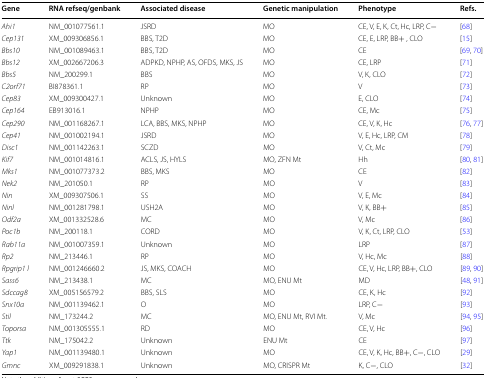
<table><thead><tr><td><b>Gene</b></td><td><b>RNA refseq/genbank</b></td><td><b>Associated disease</b></td><td><b>Genetic manipulation</b></td><td><b>Phenotype</b></td><td><b>Refs.</b></td></tr></thead><tbody><tr><td><i>Ahi1</i></td><td>NM_001077561.1</td><td>JSRD</td><td>MO</td><td>CE, V, E, K, Ct, Hc, LRP, C−</td><td>[68]</td></tr><tr><td><i>Cep131</i></td><td>XM_009306856.1</td><td>BBS, T2D</td><td>MO</td><td>CE, E, LRP, BB+ , CLO</td><td>[15]</td></tr><tr><td><i>Bbs10</i></td><td>NM_001089463.1</td><td>BBS, T2D</td><td>MO</td><td>CE</td><td>[69, 70]</td></tr><tr><td><i>Bbs12</i></td><td>XM_002667206.3</td><td>ADPKD, NPHP, AS, OFDS, MKS, JS</td><td>MO</td><td>CE, LRP</td><td>[71]</td></tr><tr><td><i>Bbs5</i></td><td>NM_200299.1</td><td>BBS</td><td>MO</td><td>V, K, CLO</td><td>[72]</td></tr><tr><td><i>C2orf71</i></td><td>BI878361.1</td><td>RP</td><td>MO</td><td>V</td><td>[73]</td></tr><tr><td><i>Cep83</i></td><td>XM_009300427.1</td><td>Unknown</td><td>MO</td><td>E, CLO</td><td>[74]</td></tr><tr><td><i>Cep164</i></td><td>EB913016.1</td><td>NPHP</td><td>MO</td><td>CE, Mc</td><td>[75]</td></tr><tr><td><i>Cep290</i></td><td>NM_001168267.1</td><td>LCA, BBS, MKS, NPHP</td><td>MO</td><td>CE, V, K, Hc</td><td>[76, 77]</td></tr><tr><td><i>Cep41</i></td><td>NM_001002194.1</td><td>JSRD</td><td>MO</td><td>V, E, Hc, LRP, CM</td><td>[78]</td></tr><tr><td><i>Disc1</i></td><td>NM_001142263.1</td><td>SCZD</td><td>MO</td><td>V, Ct, Mc</td><td>[79]</td></tr><tr><td><i>Kif7</i></td><td>NM_001014816.1</td><td>ACLS, JS, HYLS</td><td>MO, ZFN Mt</td><td>Hh</td><td>[80, 81]</td></tr><tr><td><i>Mks1</i></td><td>NM_001077373.2</td><td>BBS, MKS</td><td>MO</td><td>CE</td><td>[82]</td></tr><tr><td><i>Nek2</i></td><td>NM_201050.1</td><td>RP</td><td>MO</td><td>V</td><td>[83]</td></tr><tr><td><i>Nin</i></td><td>XM_009307506.1</td><td>SS</td><td>MO</td><td>V, E, Mc</td><td>[84]</td></tr><tr><td><i>Ninl</i></td><td>NM_001281798.1</td><td>USH2A</td><td>MO</td><td>V, K, BB+</td><td>[85]</td></tr><tr><td><i>Odf2a</i></td><td>XM_001332528.6</td><td>MC</td><td>MO</td><td>V, Mc</td><td>[86]</td></tr><tr><td><i>Poc1b</i></td><td>NM_200118.1</td><td>CORD</td><td>MO</td><td>V, K, Ct, LRP, CLO</td><td>[53]</td></tr><tr><td><i>Rab11a</i></td><td>NM_001007359.1</td><td>Unknown</td><td>MO</td><td>LRP</td><td>[87]</td></tr><tr><td><i>Rp2</i></td><td>NM_213446.1</td><td>RP</td><td>MO</td><td>V, Hc, Mc</td><td>[88]</td></tr><tr><td><i>Rpgrip1</i> <i>l</i></td><td>NM_001246660.2</td><td>JS, MKS, COACH</td><td>MO</td><td>CE, V, Hc, LRP, BB+, CLO</td><td>[89, 90]</td></tr><tr><td><i>Sass6</i></td><td>NM_213438.1</td><td>MC</td><td>MO, ENU Mt</td><td>MD</td><td>[48, 91]</td></tr><tr><td><i>Sdccag8</i></td><td>XM_005156579.2</td><td>BBS, SLS</td><td>MO</td><td>CE, K, Hc</td><td>[92]</td></tr><tr><td><i>Snx10a</i></td><td>NM_001139462.1</td><td>O</td><td>MO</td><td>LRP, C−</td><td>[93]</td></tr><tr><td><i>Stil</i></td><td>NM_173244.2</td><td>MC</td><td>MO, ENU Mt, RVI Mt.</td><td>V, Mc</td><td>[94, 95]</td></tr><tr><td><i>Toporsa</i></td><td>NM_001305555.1</td><td>RD</td><td>MO</td><td>CE, V, Hc</td><td>[96]</td></tr><tr><td><i>Ttk</i></td><td>NM_175042.2</td><td>Unknown</td><td>ENU Mt</td><td>CE</td><td>[97]</td></tr><tr><td><i>Yap1</i></td><td>NM_001139480.1</td><td>Unknown</td><td>MO</td><td>CE, V, K, Hc, BB+, C−, CLO</td><td>[29]</td></tr><tr><td><i>Gmnc</i></td><td>XM_009291838.1</td><td>Unknown</td><td>MO, CRISPR Mt</td><td>K, C−, CLO</td><td>[32]</td></tr></tbody></table>